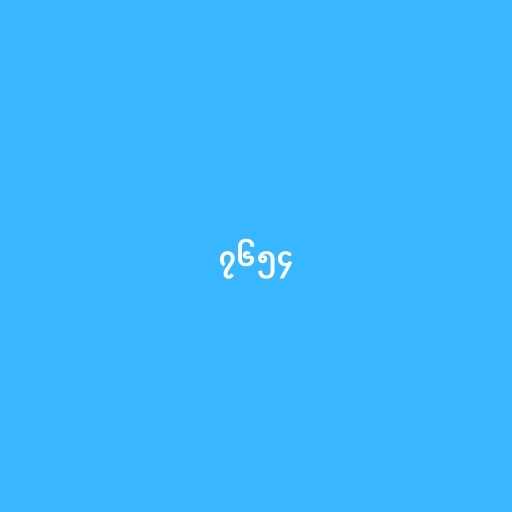
၇၆၅၄